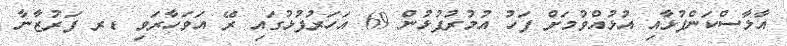
އާލާސްކަންފުޅާއި އުޅުއްވުމަށް ފަހު އުމުރުފުޅުން 69 އަހަރުފުޅުގައި ރޭ އަވަހާރަވި ޑރ ފަރުޒާނާ